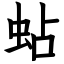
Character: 蛅